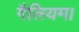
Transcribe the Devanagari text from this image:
गैलियम।